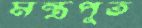
মন্ত্রপূত